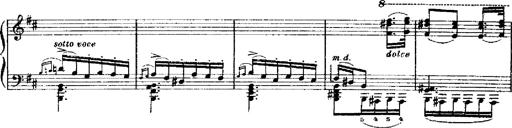
Title: RÃ©miniscences de Robert le diable
Composer: Franz Liszt